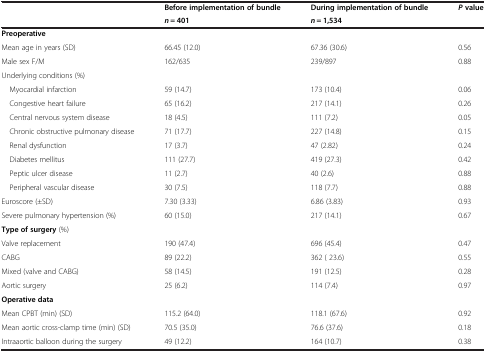
| <ROWSPAN=2>  | Before implementation of bundle | During implementation of bundle | <ROWSPAN=2> P value |
 | n = 401 | n = 1,534 |
 | --- | --- | --- | --- |
 | Preoperative |  |  |  |
 | Mean age in years (SD) | 66.45 (12.0) | 67.36 (30.6) | 0.56 |
 | Male sex F/M | 162/635 | 239/897 | 0.88 |
 | Underlying conditions (%) |  |  |  |
 | Myocardial infarction | 59 (14.7) | 173 (10.4) | 0.06 |
 | Congestive heart failure | 65 (16.2) | 217 (14.1) | 0.26 |
 | Central nervous system disease | 18 (4.5) | 111 (7.2) | 0.05 |
 | Chronic obstructive pulmonary disease | 71 (17.7) | 227 (14.8) | 0.15 |
 | Renal dysfunction | 17 (3.7) | 47 (2.82) | 0.24 |
 | Diabetes mellitus | 111 (27.7) | 419 (27.3) | 0.42 |
 | Peptic ulcer disease | 11 (2.7) | 40 (2.6) | 0.88 |
 | Peripheral vascular disease | 30 (7.5) | 118 (7.7) | 0.88 |
 | Euroscore (±SD) | 7.30 (3.33) | 6.86 (3.83) | 0.93 |
 | Severe pulmonary hypertension (%) | 60 (15.0) | 217 (14.1) | 0.67 |
 | Type of surgery (%) |  |  |  |
 | Valve replacement | 190 (47.4) | 696 (45.4) | 0.47 |
 | CABG | 89 (22.2) | 362 ( 23.6) | 0.55 |
 | Mixed (valve and CABG) | 58 (14.5) | 191 (12.5) | 0.28 |
 | Aortic surgery | 25 (6.2) | 114 (7.4) | 0.97 |
 | Operative data |  |  |  |
 | Mean CPBT (min) (SD) | 115.2 (64.0) | 118.1 (67.6) | 0.92 |
 | Mean aortic cross-clamp time (min) (SD) | 70.5 (35.0) | 76.6 (37.6) | 0.18 |
 | Intraaortic balloon during the surgery | 49 (12.2) | 164 (10.7) | 0.38 |